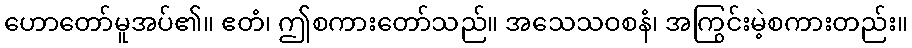
ဟောတော်မူအပ်၏။ ဧတံ၊ ဤစကားတော်သည်။ အသေသဝစနံ၊ အကြွင်းမဲ့စကားတည်း။